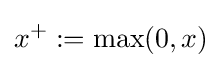
x^{+}:=\max(0,x)